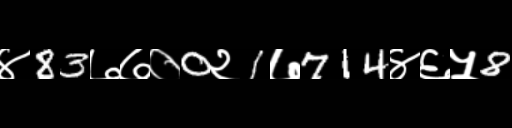
Text: ४83७७०0२1७714४६५8